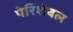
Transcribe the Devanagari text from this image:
पेरिशेबल